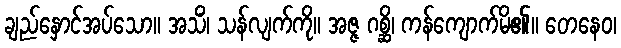
ချည်နှောင်အပ်သော။ အသိံ၊ သန်လျက်ကို။ အဇ္ဇ ဂစ္ဆိ၊ ကန်ကျောက်မိ၏။ တေနေဝ၊